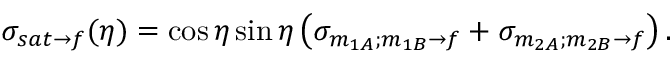
\sigma _ { s a t \rightarrow f } ( \eta ) = \cos \eta \sin \eta \left( \sigma _ { m _ { 1 A } ; m _ { 1 B } \rightarrow f } + \sigma _ { m _ { 2 A } ; m _ { 2 B } \rightarrow f } \right) .